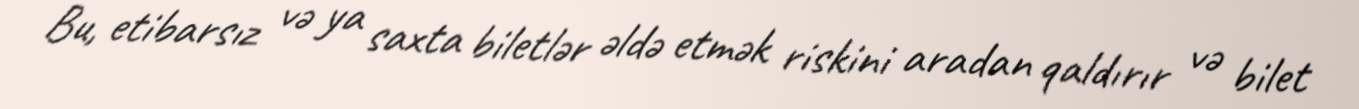
Bu, etibarsız və ya saxta biletlər əldə etmək riskini aradan qaldırır və bilet